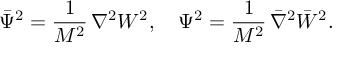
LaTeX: { \bar { \Psi } } ^ { 2 } = \frac { 1 } { M ^ { 2 } } \, \nabla ^ { 2 } { W ^ { 2 } } , \quad \Psi ^ { 2 } = \frac { 1 } { M ^ { 2 } } \, { \bar { \nabla } } ^ { 2 } { \bar { W } } ^ { 2 } .